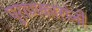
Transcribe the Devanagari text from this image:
पुराणकारांनी